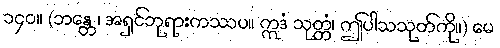
၁၄၀။ (ဘန္တေ၊ အရှင်ဘုရားကဿပ။ ဣဒံ သုတ္တံ၊ ဤပါသသုတ်ကို။) မေ